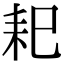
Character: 𦓨